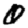
Digit: 0